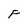
Character: F